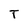
Character: T